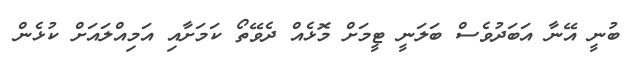
ބުނީ އޭނާ އަބަދުވެސް ބަލަނީ ޓީމަށް މޮޅެއް ދެވޭތޯ ކަމަށާއި އަމިއްލައަށް ކުޅެން